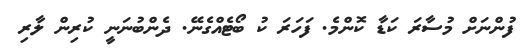
ފުންނަށް މުސާރަ ކަޑާ ކޮންމެ. ފަހަރަ ކު ބޯޓެއްގެނޭ. ދެންބުނަނީ ކުރިން ލާރި